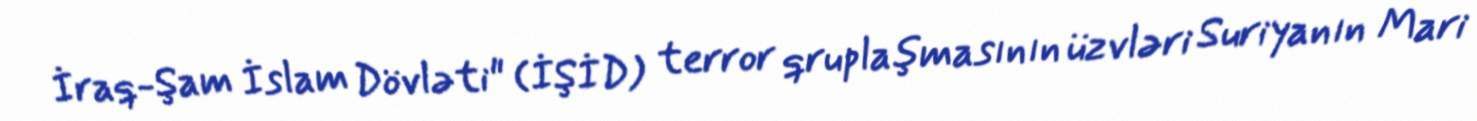
İraq-Şam İslam Dövləti" (İŞİD) terror qruplaşmasının üzvləri Suriyanın Mari